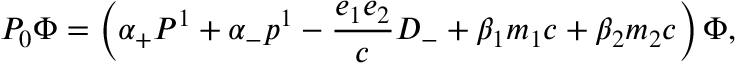
P _ { 0 } { \Phi } = \left( { \alpha } _ { + } P ^ { 1 } + { \alpha } _ { - } p ^ { 1 } - \frac { e _ { 1 } e _ { 2 } } { c } D _ { - } + { \beta } _ { 1 } m _ { 1 } c + { \beta } _ { 2 } m _ { 2 } c \right) { \Phi } ,